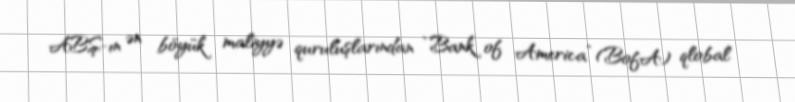
ABŞ-ın ən böyük maliyyə quruluşlarından “Bank of America” (BofA) qlobal